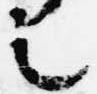
之